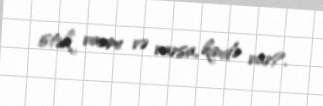
istək varmı və varsa, kimdə var?.